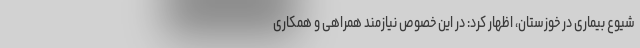
شیوع بیماری در خوزستان، اظهار کرد: در این خصوص نیازمند همراهی و همکاری